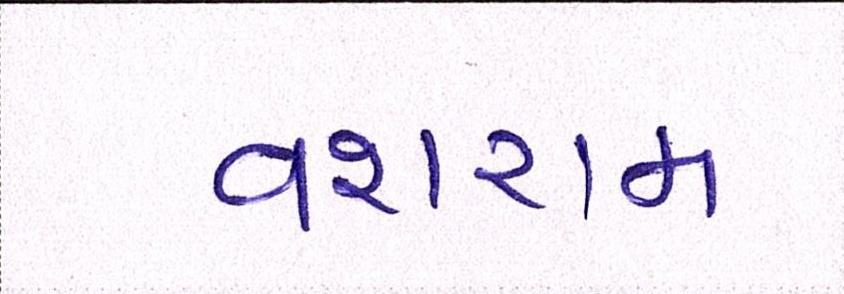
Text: વશરામ